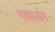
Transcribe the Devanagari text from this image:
गाथाओम